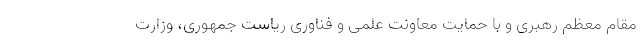
مقام معظم رهبری و با حمایت معاونت علمی و فناوری ریاست جمهوری، وزارت